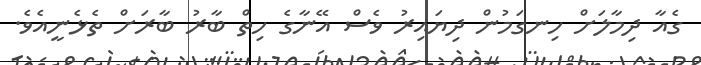
ގެއާ ދިމާލަށް ހިނގަމުން ދިޔައިރު ވެސް އޭނާގެ ހިތް ބާރު ބާރަށް ތެޅެނީއެވެ.